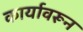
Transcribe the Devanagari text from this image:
कार्यावरून